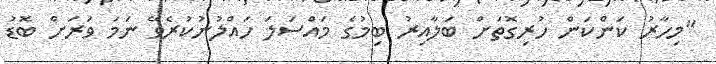
"މިހާރު ކަންކަން ހުރިގޮތަށް ބަލާއިރު ބިމުގެ މައްސަލަ ހައްލުނުކުރެވޭ ނަމަ ވަރަށް ބޮޑު